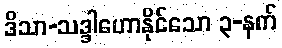
ဒိသာ-သဒ္ဒါဟောနိုင်သော ၃-နက်